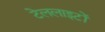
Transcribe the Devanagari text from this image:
टेललाइटों